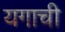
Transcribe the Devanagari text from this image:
यगाची